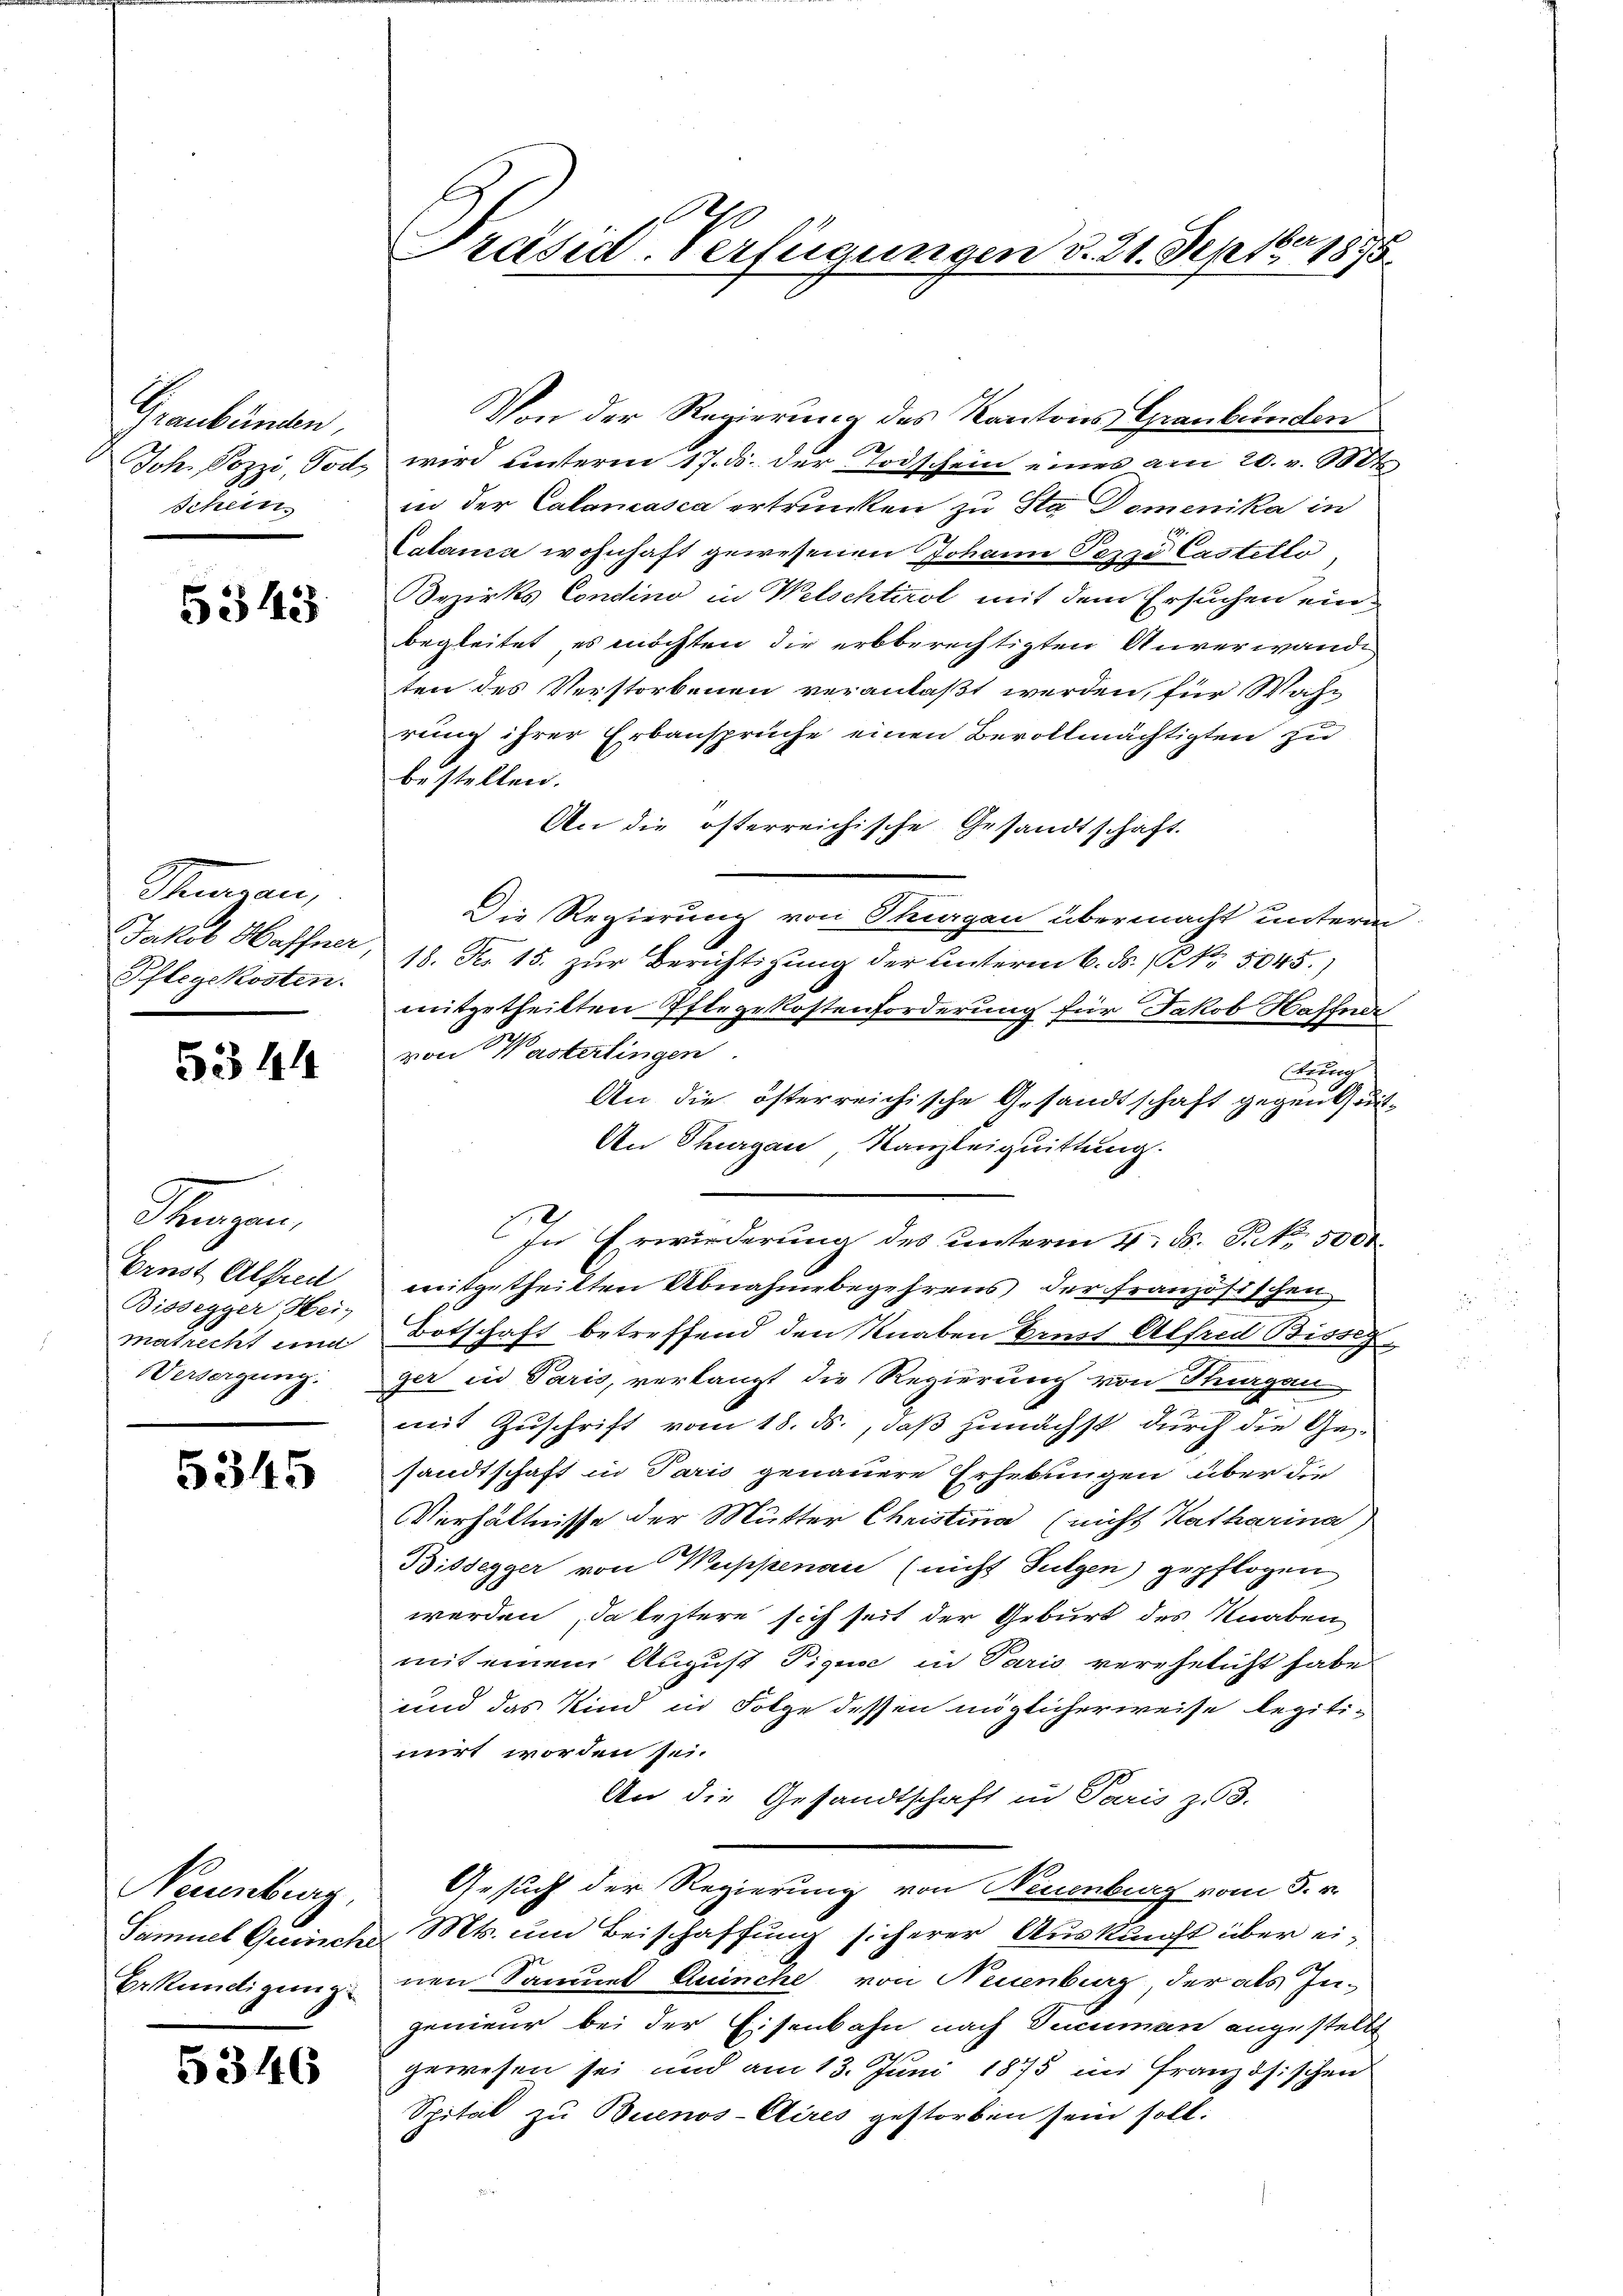
Graubünden,
Joh. Pozzi, Tod
Schein

5343

Stazen,
Jakob Haffner,
Pflegekosten.

5344

Fragen
Ernst Alfred
Bissegger Hein
matrecht und
Versorgung.

5345

Neuenburg,
Eekündigung

5346

Præses. Verfügungen d. 24. Septbr. 1875.

Von der Regierung des Kantons Graubünden
wird unterm 17. ds. der Todschein eines am 20. v. 10t
in der Calancasca ertrunken zu Sta Domenika in
Calanca wohnhaft gewesenen Johann Pezzi Castetlo
Bezirks Condino in Welschtirol mit dem Ersuchen einbegleitet, es möchten die erbberechtigten Anverwande
ten des Verstorbenen veranlaßt werden, für Wah-
rung ihrer Erbansprüche einen Bevollmächtigten zu
bestellen.
An die österreichische Gesandtschaft.
Die Regierung von Thurgau übermacht unterm
18. Feb 15. zur Berichtigung der Unterm 6. ds. (NNo. 5045.)
mitgetheilten Pflegekostenforderung für Jakob Haffner
von Wasterlingen.
stung
An die österreichische Gesandtschaft gegenheit¬
An Thurgau, Kanzleiquittung.
In Erwirderung des unterm 4. d. S. 5000.
weitgetheilten Abnahme begehrens der Französischen
Botschaft betreffend den Knaben Brust Alfred Bisse
ger in Paris, verlangt die Regierung von Thurgau
s
.
mit Zuschrift vom 18. ds., daß zunächst durch die Gesandtschaft in Paris genauere Erhebungen über die
Verhältnisse der Mutter Christina (nicht Katharina)
Bissegger von Wappenau (nicht Fulgen) gepflogen
werden, da leztere sich seit der Geburt des Knaben
mit einem August Pique in Paris verehelicht habe.
und das Kind in Folge dessen möglicherweise legiti-
mirt worden sei.
An die Gesandtschaft in Paris z. B.
Gesuch der Regierung von Neuenburg vom 5. v.
Samuel Guinche Mts. um Beischaffung sicherer Auskunft über einen Saumes Quinche von Neuenburg, der als In-
genieur bei der Eisenbahn nach Ducuman angestellt
gewesen sei und am 13. Juni 1875 in Französischen
Spital zu Buenos-Cires gestorben sein soll:
Her